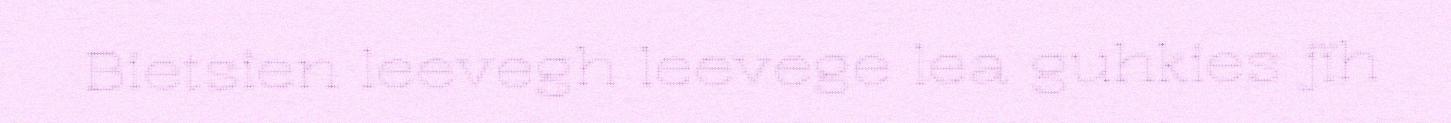
Bietsien leevegh leevege lea guhkies jïh